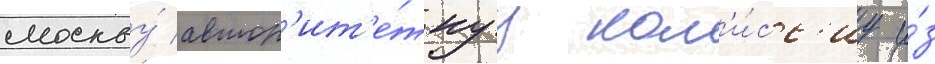
москву́ автор'ит'е́тнуу ком'и́сс'иу и́з